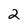
Character: 2